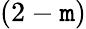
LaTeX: (2-\mathtt{m})